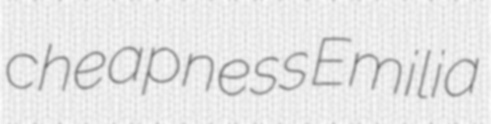
cheapness Emilia